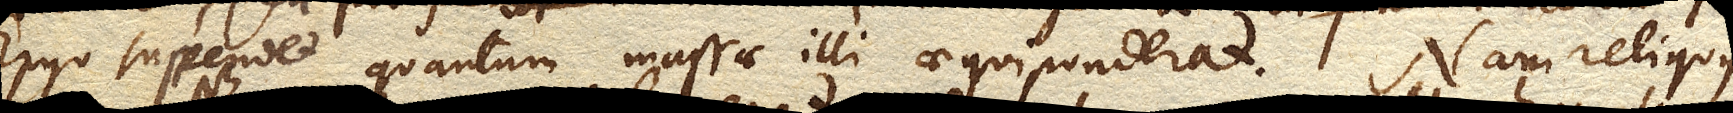
Ergo suspendet quantum massae illi aequiponderat. Nam reliquus